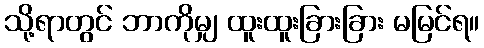
သို့ရာတွင် ဘာကိုမျှ ထူးထူးခြားခြား မမြင်ရ။